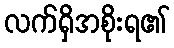
လက်ရှိအစိုးရ၏